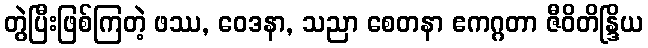
တွဲပြီးဖြစ်ကြတဲ့ ဖဿ, ဝေဒနာ, သညာ စေတနာ ဧကဂ္ဂတာ ဇီဝိတိန္ဒြိယ